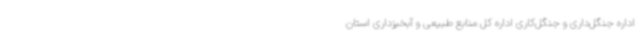
اداره جنگل‌داری و جنگل‌کاری اداره کل منابع طبیعی و آبخیزداری استان